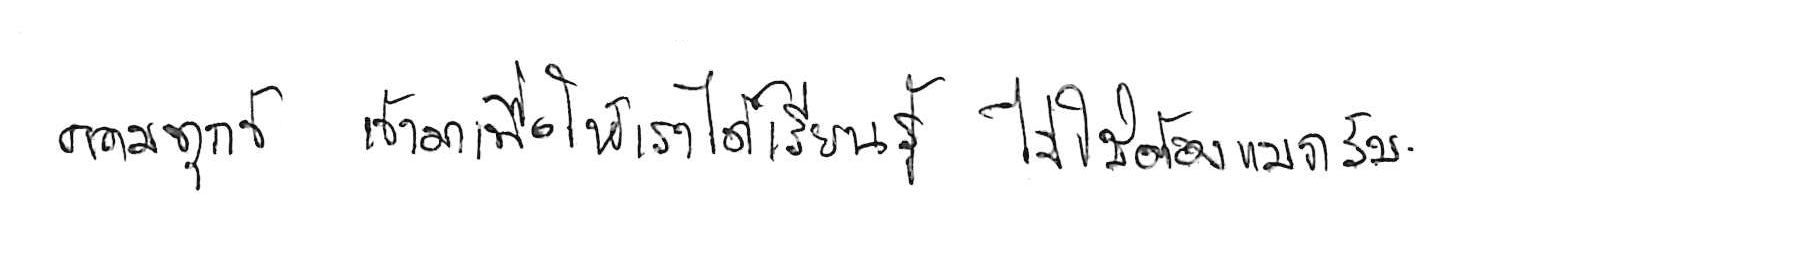
ความทุกข์ เข้ามาเพื่อให้เราได้ เรียนรู้ ไม่ใช่ต้อง แบกรับ